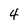
Character: 4